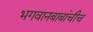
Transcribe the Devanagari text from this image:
भगवानबाबांचीच